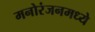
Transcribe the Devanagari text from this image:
मनोरंजनमध्ये